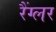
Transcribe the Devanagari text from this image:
रैंग्लर